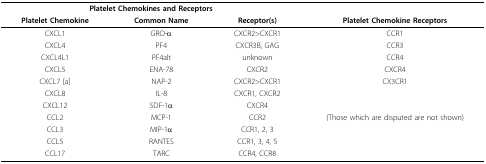
<table><thead><tr><td colspan="3"><b>Platelet Chemokines and Receptors</b></td><td></td></tr><tr><td><b>Platelet Chemokine</b></td><td><b>Common Name</b></td><td><b>Receptor(s)</b></td><td><b>Platelet Chemokine Receptors</b></td></tr></thead><tbody><tr><td>CXCL1</td><td>GRO-α</td><td>CXCR2&gt;CXCR1</td><td>CCR1</td></tr><tr><td>CXCL4</td><td>PF4</td><td>CXCR3B, GAG</td><td>CCR3</td></tr><tr><td>CXCL4L1</td><td>PF4alt</td><td>unknown</td><td>CCR4</td></tr><tr><td>CXCL5</td><td>ENA-78</td><td>CXCR2</td><td>CXCR4</td></tr><tr><td>CXCL7 [a]</td><td>NAP-2</td><td>CXCR2&gt;CXCR1</td><td>CX3CR1</td></tr><tr><td>CXCL8</td><td>IL-8</td><td>CXCR1, CXCR2</td><td></td></tr><tr><td>CXCL12</td><td>SDF-1α</td><td>CXCR4</td><td></td></tr><tr><td>CCL2</td><td>MCP-1</td><td>CCR2</td><td>(Those which are disputed are not shown)</td></tr><tr><td>CCL3</td><td>MIP-1α</td><td>CCR1, 2, 3</td><td></td></tr><tr><td>CCL5</td><td>RANTES</td><td>CCR1, 3, 4, 5</td><td></td></tr><tr><td>CCL17</td><td>TARC</td><td>CCR4, CCR8</td><td></td></tr></tbody></table>